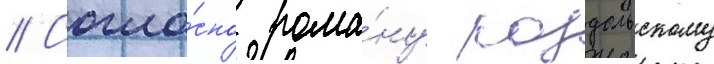
// Согла́сно рома́ну роздольскому